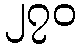
၂၇၀